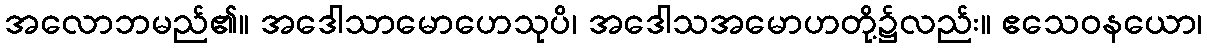
အလောဘမည်၏။ အဒေါသာမောဟေသုပိ၊ အဒေါသအမောဟတို့၌လည်း။ ဧသေဝနယော၊